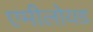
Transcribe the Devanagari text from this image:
एमीलोयड